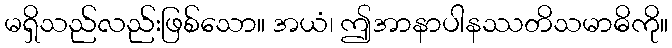
မရှိသည်လည်းဖြစ်သော။ အယံ၊ ဤအာနာပါနဿတိသမာဓိကို။